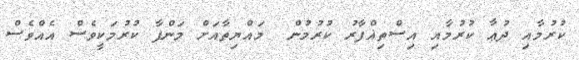
ކުރުމާއި ދުޢާ ކުރުމާއި އިސްތިޣްފާރު ކުރުމުން  މައްޔިތާއަށް މަންފާ ކުރުމަކީވެސް އެއްވެސް